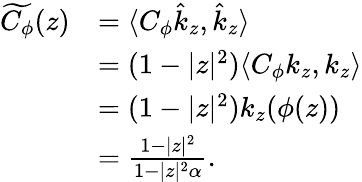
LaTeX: \begin{array}{rl}{\widetilde{C_{\phi}}(z)}&{=\langle C_{\phi}\hat{k}_{z},\hat{k}_{z}\rangle}\\ &{=(1-|z|^{2})\langle C_{\phi}{k_{z}},{k_{z}}\rangle}\\ &{=(1-|z|^{2})k_{z}(\phi(z))}\\ &{=\frac{1-|z|^{2}}{1-|z|^{2}\alpha}.}\end{array}